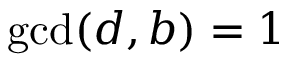
\operatorname* { g c d } ( d , b ) = 1